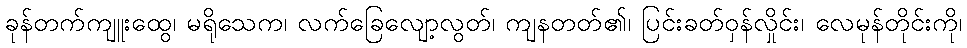
ခုန်တက်ကျူးထွေ၊ မရိုသေက၊ လက်ခြေလျော့လွတ်၊ ကျနတတ်၏၊ ပြင်းခတ်ဝှန်လှိုင်း၊ လေမုန်တိုင်းကို၊